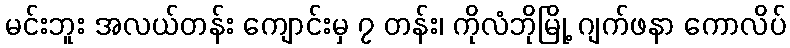
မင်းဘူး အလယ်တန်း ကျောင်းမှ ၇ တန်း၊ ကိုလံဘိုမြို့ ဂျက်ဖနာ ကောလိပ်